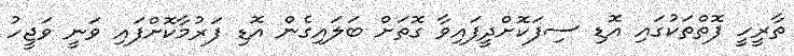
ތާރީހީ ފޮތްތަކުގައި އޮޑި ސިފަކޮށްދީފައިވާ ގޮތަށް ބަލައިގެން އޮޑި ފަރުމާކޮށްފައި ވަނީ ވަޖީހު